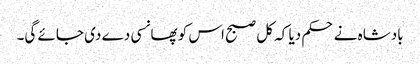
بادشاہ نے حکم دیا کہ کل صبح اس کو پھانسی دے دی جائے گی۔